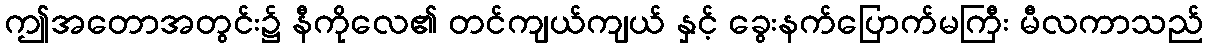
ဤအတောအတွင်း၌ နီကိုလေ၏ တင်ကျယ်ကျယ် နှင့် ခွေးနက်ပြောက်မကြီး မီလကာသည်